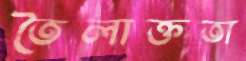
তৈলাক্ততা